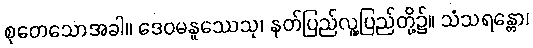
စုတေသောအခါ။ ဒေဝမနူဿေသု၊ နတ်ပြည်လူ့ပြည်တို့၌။ သံသရန္တော၊